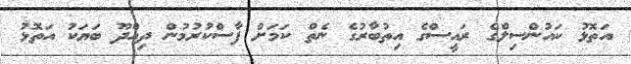
އަތޮޅު ކައުންސިލްގެ ރައީސްގެ އިތުބާރުގެ ނެތް ކަމަށް ފާސްކުރުމުން ދިއްދޫ ބަޔަކު އަތޮޅު